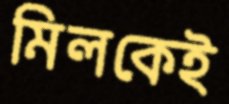
মিলকেই